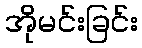
အိုမင်းခြင်း